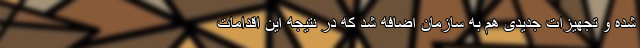
شده و تجهیزات جدیدی هم به سازمان اضافه شد که در نتیجه این اقدامات